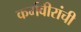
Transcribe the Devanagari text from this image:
कर्मवीरांची